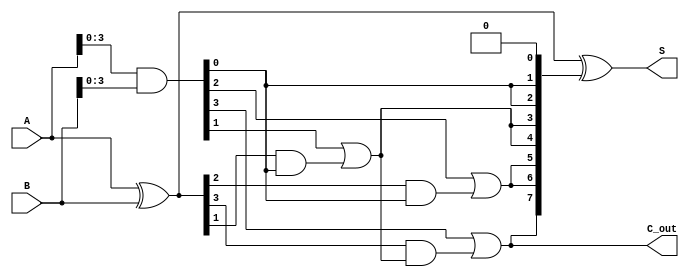
module brent_kung_adder #(
    parameter N = 8 // Width of the adder (should be a power of 2)
)(
    input  [N-1:0] A, // First input
    input  [N-1:0] B, // Second input
    output [N-1:0] S, // Sum output
    output C_out      // Carry out
);

    // Generate and Propagate signals
    wire [N-1:0] G; // Generate
    wire [N-1:0] P; // Propagate
    wire [N:0] C;   // Carry signals

    assign G = A & B; // Generate signals
    assign P = A ^ B; // Propagate signals

    // Carry signal initialization
    assign C[0] = 1'b0; // Initial carry input

    // Prefix network - Brent-Kung structure
    genvar i, j;
    generate
        // Stage 1
        for (i = 0; i < N/2; i = i + 1) begin : stage1
            assign C[2*i + 1] = G[i] | (P[i] & C[i]);
            assign C[2*i + 2] = G[i] | (P[i] & C[i]);
        end
        
        // Stage 2
        for (j = 0; j < N/4; j = j + 1) begin : stage2
            assign C[4*j + 3] = G[2*j + 1] | (P[2*j + 1] & C[2*j + 1]);
            assign C[4*j + 4] = G[2*j + 1] | (P[2*j + 1] & C[2*j + 1]);
        end
        
        // Stage 3
        for (j = 0; j < N/8; j = j + 1) begin : stage3
            assign C[8*j + 7] = G[4*j + 3] | (P[4*j + 3] & C[4*j + 3]);
            assign C[8*j + 8] = G[4*j + 3] | (P[4*j + 3] & C[4*j + 3]);
        end
        // Additional stages can be added similarly...

    endgenerate

    // Final carry out
    assign C_out = C[N];

    // Sum calculation
    assign S = P ^ C[N-1:0];

endmodule